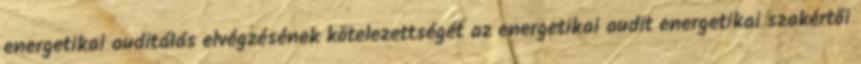
ener­ge­ti­kai au­di­tá­lás el­vég­zé­sé­nek kö­te­le­zett­sé­gét az ener­ge­ti­kai au­dit ener­ge­ti­kai szak­ér­tői